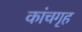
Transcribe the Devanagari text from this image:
कांचगृह